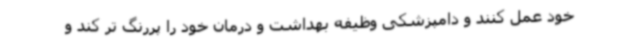
خود عمل کنند و دامپزشکی وظیفه بهداشت و درمان خود را پررنگ تر کند و